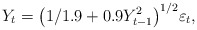
\begin{align*} Y_t = \bigl( 1/1.9 + 0.9 Y_{t-1}^2\bigr)^{1/2} \varepsilon_t,\end{align*}